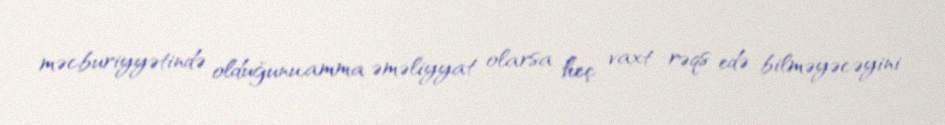
məcburiyyətində olduğunu,amma əməliyyat olarsa heç vaxt rəqs edə bilməyəcəyini